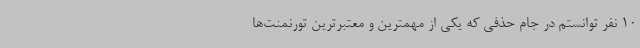
10 نفر توانستم در جام حذفی که یکی از مهمترین و معتبرترین تورنمنت‌ها